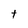
Character: t